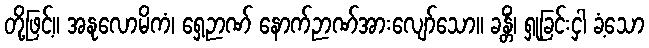
တို့ဖြင့်။ အနုလောမိကံ၊ ရှေ့ဉာဏ် နောက်ဉာဏ်အားလျော်သော။ ခန္တိံ၊ ရှုခြင်းငှါ ခံ့သော